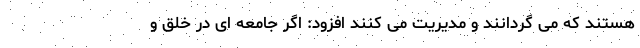
هستند که می گردانند و مدیریت می کنند افزود: اگر جامعه ای در خلق و